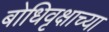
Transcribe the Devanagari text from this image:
बोधिवृक्षाच्या